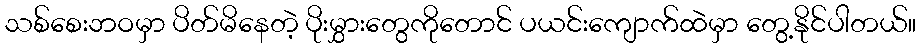
သစ်စေးဘဝမှာ ပိတ်မိနေတဲ့ ပိုးမွှားတွေကိုတောင် ပယင်းကျောက်ထဲမှာ တွေ့နိုင်ပါတယ်။